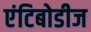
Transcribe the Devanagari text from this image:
एंटिबोडीज